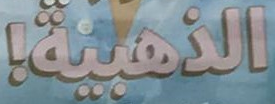
الذهبية!